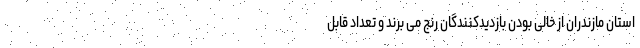
استان مازندران از خالی بودن بازدیدکنندگان رنج می برند و تعداد قابل